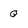
Character: q